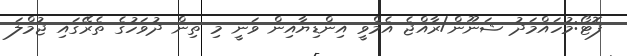
ފޮޓޯ:މުހައްމަދު ޝަނޫން/ރާއްޖެ އެމްވީ އިންޑިޔާއިން ވަނީ މި ތިން ދުވަހުގެ ތެރޭގައި ޖުމްލަ